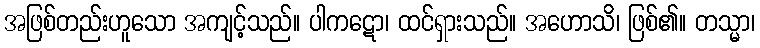
အဖြစ်တည်းဟူသော အကျင့်သည်။ ပါကဋော၊ ထင်ရှားသည်။ အဟောသိ၊ ဖြစ်၏။ တသ္မာ၊